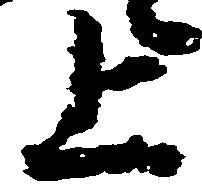
上